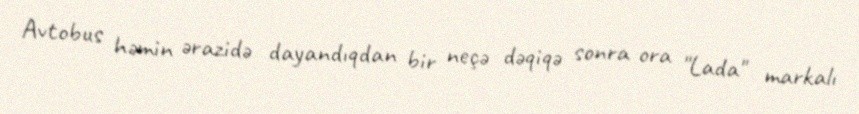
Avtobus həmin ərazidə dayandıqdan bir neçə dəqiqə sonra ora "Lada" markalı